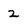
Character: 2